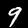
Digit: 9